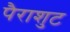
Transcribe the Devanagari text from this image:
पैराशुट